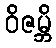
ဝိဇမ္ဘိ